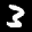
Label: 3